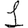
Digit: 1